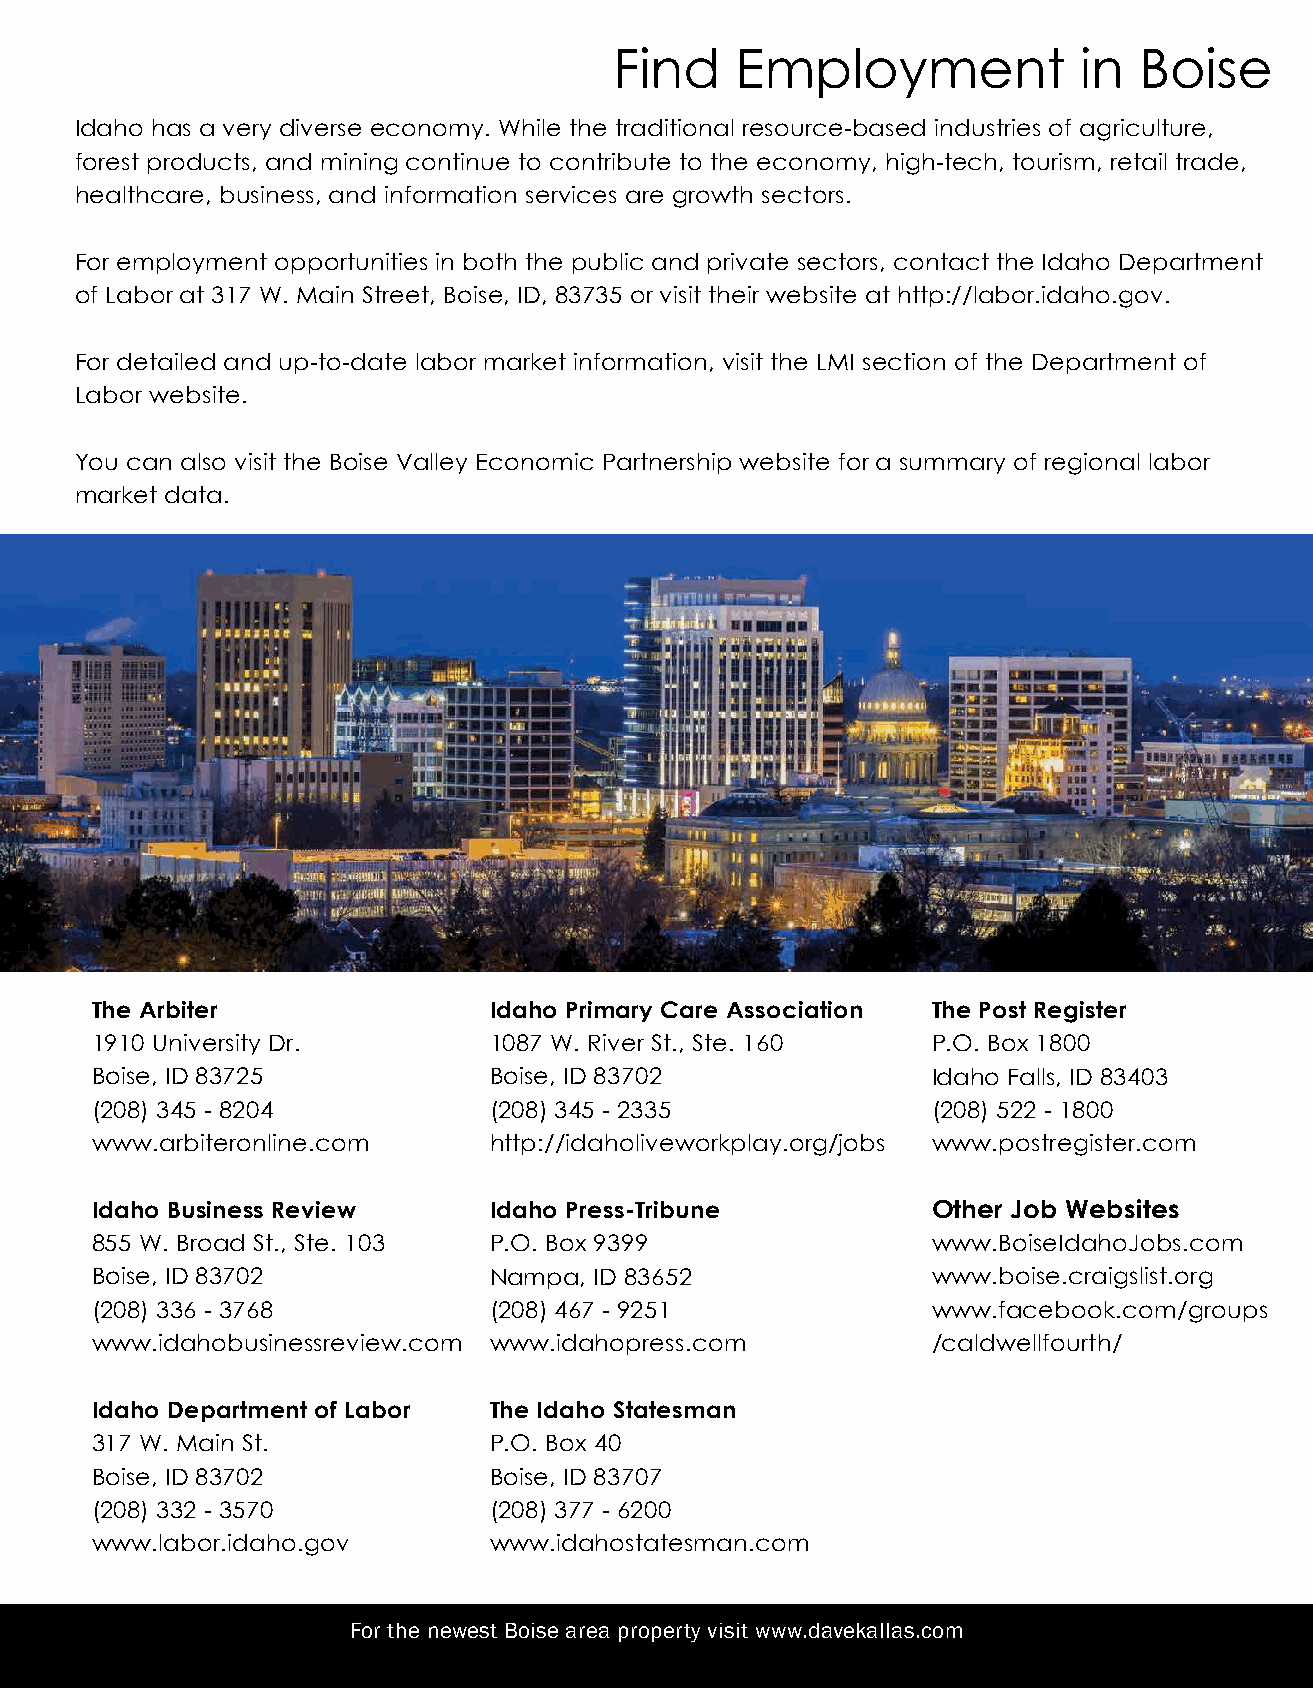
Find    Employment            in  Boise
 Idaho has a very diverse economy. While the traditional resource-based industries of agriculture,
 forest products, and mining continue to contribute to the economy, high-tech, tourism, retail trade,
 healthcare, business, and information services are growth sectors.
 For employment opportunities in both the public and private sectors, contact the Idaho Department
 of Labor at 317 W. Main Street, Boise, ID, 83735 or visit their website at http://labor.idaho.gov.
 For detailed and up-to-date labor market information, visit the LMI section of the Department of
 Labor website.
 You can also visit the Boise Valley Economic Partnership website for a summary of regional labor
 market data.
 The Arbiter               Idaho Primary Care Association The Post Register
 1910 University Dr.       1087 W. River St., Ste. 160   P.O. Box 1800
 Boise, ID 83725           Boise, ID 83702               Idaho Falls, ID 83403
 (208) 345 - 8204          (208) 345 - 2335              (208) 522 - 1800
 www.arbiteronline.com     http://idaholiveworkplay.org/jobs www.postregister.com
 Idaho Business Review     Idaho Press-Tribune           Other Job Websites
 855 W. Broad St., Ste. 103 P.O. Box 9399                www.BoiseIdahoJobs.com
 Boise, ID 83702           Nampa, ID 83652               www.boise.craigslist.org
 (208) 336 - 3768          (208) 467 - 9251              www.facebook.com/groups
 www.idahobusinessreview.com www.idahopress.com          /caldwellfourth/
 Idaho Department of Labor The Idaho Statesman
 317 W. Main St.           P.O. Box 40
 Boise, ID 83702           Boise, ID 83707
 (208) 332 - 3570          (208) 377 - 6200
 www.labor.idaho.gov       www.idahostatesman.com
 For the newest Boise area property visit www.davekallas.com